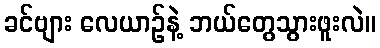
ခင်ဗျား လေယာဉ်နဲ့ ဘယ်တွေသွားဖူးလဲ။